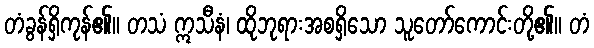
တံခွန်ရှိကုန်၏။ တသံ ဣသီနံ၊ ထိုဘုရားအစရှိသော သူတော်ကောင်းတို့၏။ တံ